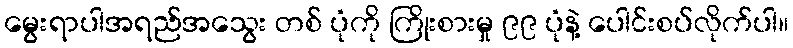
မွေးရာပါအရည်အသွေး တစ် ပုံကို ကြိုးစားမှု ၉၉ ပုံနဲ့ ပေါင်းစပ်လိုက်ပါ။